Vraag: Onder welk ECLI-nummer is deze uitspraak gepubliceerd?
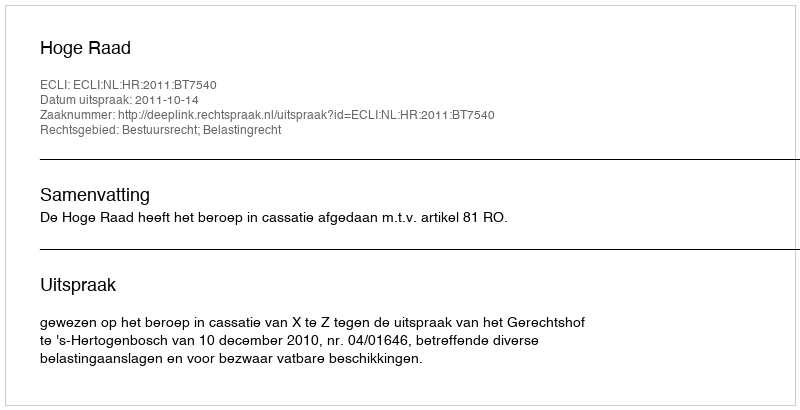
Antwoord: ECLI:NL:HR:2011:BT7540